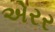
એરર